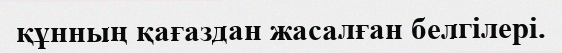
құнның қағаздан жасалған белгілері.